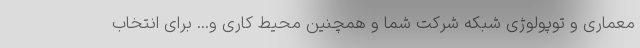
معماری و توپولوژی شبکه شرکت شما و همچنین محیط کاری و... برای انتخاب